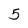
Character: 5